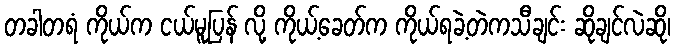
တခါတရံ ကိုယ်က ငယ်မူပြန် လို့ ကိုယ့်ခေတ်က ကိုယ်ရခဲ့တဲကသီချင်း ဆိုချင်လဲဆို၊